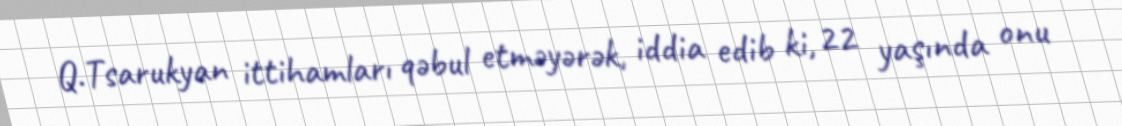
Q.Tsarukyan ittihamları qəbul etməyərək, iddia edib ki, 22 yaşında onu